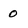
Character: 0